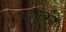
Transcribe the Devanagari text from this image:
रज़ाक़